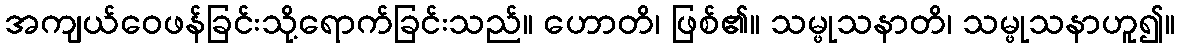
အကျယ်ဝေဖန်ခြင်းသို့ရောက်ခြင်းသည်။ ဟောတိ၊ ဖြစ်၏။ သမ္ဖုသနာတိ၊ သမ္ဖုသနာဟူ၍။